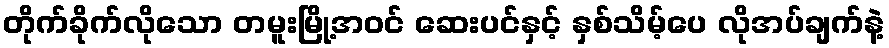
တိုက်ခိုက်လိုသော တမူးမြို့အဝင် ဆေးပင်နှင့် နှစ်သိမ့်ပေ လိုအပ်ချက်နဲ့